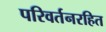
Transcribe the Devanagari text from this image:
परिवर्तनरहित